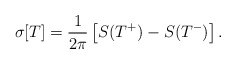
\begin{align*}\sigma[T]={1\over2\pi}\left[S(T^+)-S(T^-)\right].\end{align*}